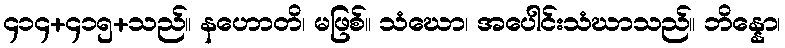
၄၁၄+၄၁၅+သည်။ နဟောတိ၊ မဖြစ်။ သံဃော၊ အပေါင်းသံဃာသည်။ ဘိန္နော၊